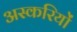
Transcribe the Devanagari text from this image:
अस्करियों